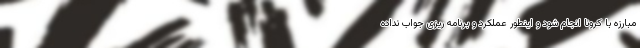
مبارزه با کرونا انجام شود و اینطور عملکرد و برنامه ریزی جواب نداده